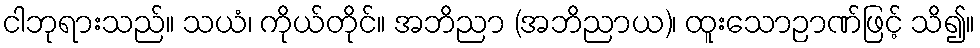
ငါဘုရားသည်။ သယံ၊ ကိုယ်တိုင်။ အဘိညာ (အဘိညာယ)၊ ထူးသောဉာဏ်ဖြင့် သိ၍။